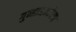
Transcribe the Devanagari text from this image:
गुन्हाअन्वेषण